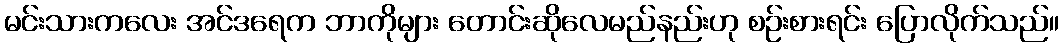
မင်းသားကလေး အင်ဒရေက ဘာကိုများ တောင်းဆိုလေမည်နည်းဟု စဉ်းစားရင်း ပြောလိုက်သည်။